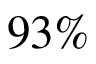
9 3 \%